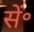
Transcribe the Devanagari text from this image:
सें॰